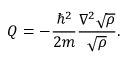
Q = - { \frac { \hbar ^ { 2 } } { 2 m } } { \frac { \nabla ^ { 2 } { \sqrt { \rho } } } { \sqrt { \rho } } } .